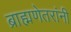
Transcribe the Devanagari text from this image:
ब्राह्मणेतरांनी